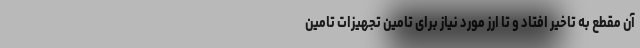
آن مقطع به تاخیر افتاد و تا ارز مورد نیاز برای تامین تجهیزات تامین